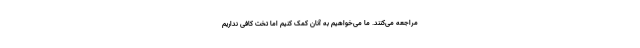
مراجعه می‌کنند. ما می‌خواهیم به آنان کمک کنیم اما تخت کافی نداریم